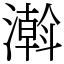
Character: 濣